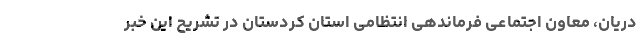
دریان، معاون اجتماعی فرماندهی انتظامی استان کردستان در تشریح این خبر